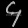
Digit: ၄